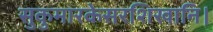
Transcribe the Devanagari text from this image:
सुकुमारकेसरशिखानि।